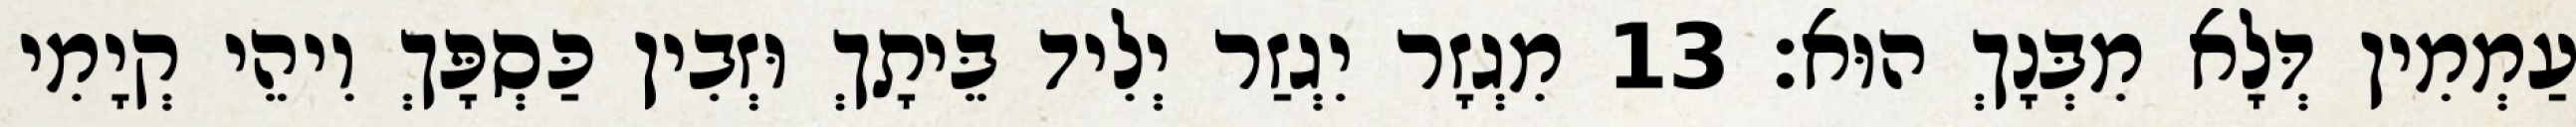
עַמְמִין דְּלָא מִבְּנָךְ הוּא׃ 13 מִגְזָר יִגְזַר יְלִיד בֵּיתָךְ וּזְבִין כַּסְפָּךְ וִיהֵי קְיָמִי